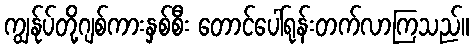
ကျွန်ုပ်တို့ဂျစ်ကားနှစ်စီး တောင်ပေါ်ရုန်းတက်လာကြသည်။